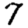
Digit: 7